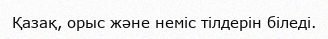
Қазақ, орыс және неміс тілдерін біледі.